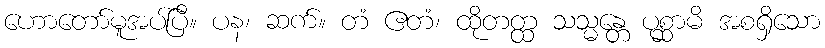
ဟောတော်မူအပ်ပြီ။ ပန၊ ဆက်။ တံ ဧတံ၊ ထိုတတ္ထ သသ္မန္တေ ပုစ္ဆာမိ အစရှိသော